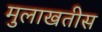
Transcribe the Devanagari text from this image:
मुलाखतीस